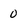
Character: 0